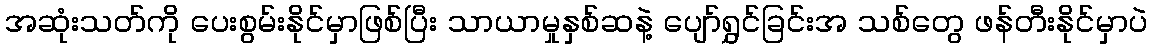
အဆုံးသတ်ကို ပေးစွမ်းနိုင်မှာဖြစ်ပြီး သာယာမှုနှစ်ဆနဲ့ ပျော်ရွှင်ခြင်းအ သစ်တွေ ဖန်တီးနိုင်မှာပဲ